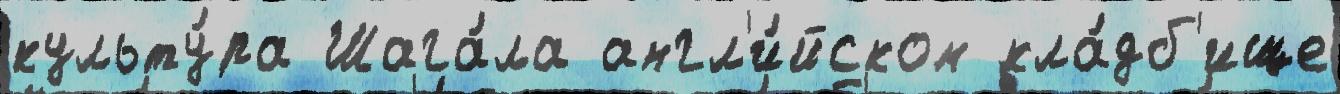
культу́ра Шага́ла англ'и́йском кла́дб'ище